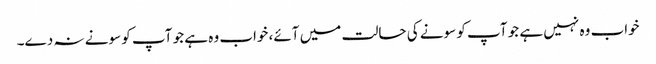
خواب وہ نہیں ہے جو آپ کو سونے کی حالت میں آئے، خواب وہ ہے جو آپ کو سونے نہ دے۔